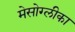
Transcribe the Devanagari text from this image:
मेसोग्लीका